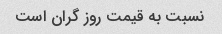
نسبت به قیمت روز گران است